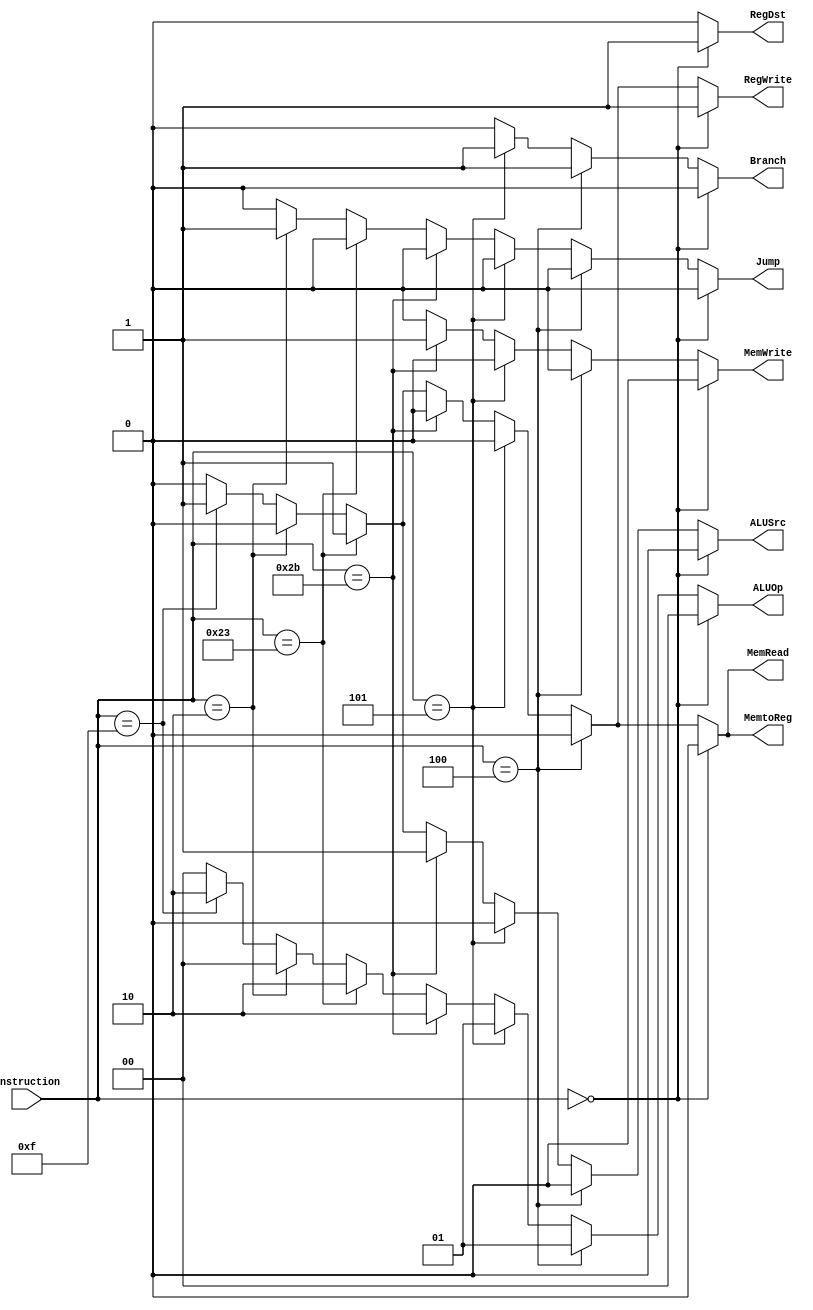
`timescale 1ns / 1ns

module control(
		input [5:0] instruction,
		output reg [1:0] ALUOp,
		output reg MemRead,
		output reg MemtoReg,
		output reg RegDst,
		output reg Branch, 
		output reg Jump,
		output reg ALUSrc,
		output reg MemWrite,
		output reg RegWrite
		);


always @(*) begin
		if (instruction == 6'b00_0000) begin				// RType
		ALUOp = 2'b00;
		MemRead = 1'b0;
		MemtoReg = 1'b0;
		RegDst = 1'b1;
      Branch = 1'b0;		
	   ALUSrc = 1'b0;
		MemWrite = 1'b0;
		RegWrite = 1'b1;
		Jump = 1'b0;
		end else if (instruction == 6'b00_0100) begin   // beq
		ALUOp = 2'b01;
		MemRead = 1'b0;
		MemtoReg = 1'b0;
		RegDst = 1'b0;
      Branch = 1'b1;		
	   ALUSrc = 1'b0;
		MemWrite = 1'b0;
		RegWrite = 1'b0;
		Jump = 1'b0;
		end else if (instruction == 6'b00_0101) begin 	// bne
		ALUOp = 2'b01;
		MemRead = 1'b0;
		MemtoReg = 1'b0;
		RegDst = 1'b0;
      Branch = 1'b1;		
	   ALUSrc = 1'b0;
		MemWrite = 1'b0;
		RegWrite = 1'b0;
		Jump = 1'b0;		
		end else if (instruction == 6'b10_1011) begin   // sw
		ALUOp = 2'b10;
		MemRead = 1'b0;
		MemtoReg = 1'b0;
		RegDst = 1'b0;
      Branch = 1'b0;		
	   ALUSrc = 1'b1;
		MemWrite = 1'b1;
		RegWrite = 1'b0;
		Jump = 1'b0;
		end else if (instruction == 6'b10_0011) begin   // lw
		ALUOp = 2'b10;
		MemRead = 1'b1;
		MemtoReg = 1'b1;
		RegDst = 1'b0;
      Branch = 1'b0;		
	   ALUSrc = 1'b1;
		MemWrite = 1'b0;
		RegWrite = 1'b1;
		Jump = 1'b0;
		end else if (instruction == 6'b00_0010) begin 	// jump
		ALUOp = 2'b00;
		MemRead = 1'b0;
		MemtoReg = 1'b0;
		RegDst = 1'b0;
      Branch = 1'b0;		
	   ALUSrc = 1'b0;
		MemWrite = 1'b0;
		RegWrite = 1'b0;
		Jump = 1'b1;
		end else if (instruction == 6'b00_1111) begin 	// lui
		ALUOp = 2'b10;
		MemRead = 1'b1;
		MemtoReg = 1'b1;
		RegDst = 1'b0;
      Branch = 1'b0;		
	   ALUSrc = 1'b1;
		MemWrite = 1'b0;
		RegWrite = 1'b1;
		Jump = 1'b0;
		end else begin
		ALUOp = 2'b00;
		MemRead = 1'b0;
		MemtoReg = 1'b0;
		RegDst = 1'b0;
      Branch = 1'b0;		
	   ALUSrc = 1'b0;
		MemWrite = 1'b0;
		RegWrite = 1'b0;
		Jump = 1'b0;
		end
	
	
end
endmodule